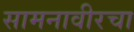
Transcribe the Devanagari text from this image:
सामनावीरचा